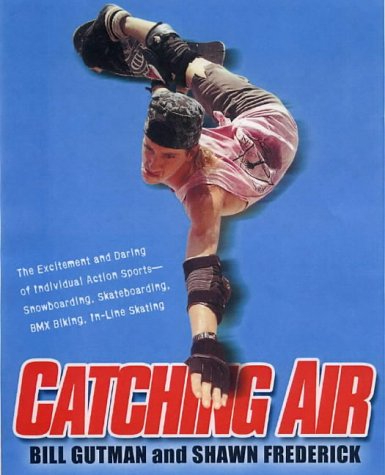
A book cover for Catching Air: The Excitement and Daring of Individual Action Sports-Snowboarding, Skateboarding, Bmx Biking, In-Line Skate; Bill Gutman; Sports & Outdoors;